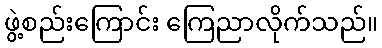
ဖွဲ့စည်းကြောင်း ကြေညာလိုက်သည်။